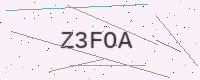
Text: Z3FOA